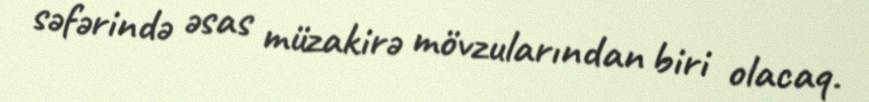
səfərində əsas müzakirə mövzularından biri olacaq.